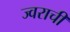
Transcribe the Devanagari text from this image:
ज्वराची